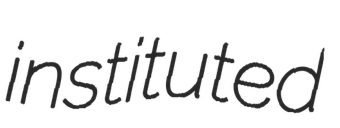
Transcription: instituted